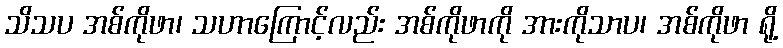
သိသပ အစ်ကိုဖာ၊ သဟာကြောင့်လည်း အစ်ကိုဖာကို အားကိုသာပ၊ အစ်ကိုဖာ ရို့